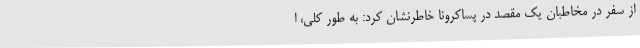
از سفر در مخاطبان یک مقصد در پساکرونا خاطرنشان کرد: به طور کلی، ا